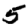
Digit: 5